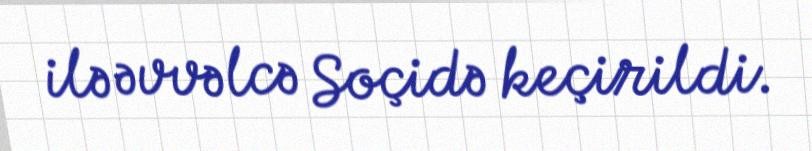
ilə əvvəlcə Soçidə keçirildi.